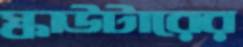
স্কাউটারের